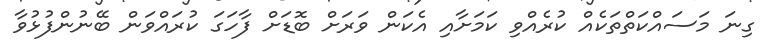
ގިނަ މަސައްކަތްތަކެއް ކުރެއްވި ކަމަށާއި އެކަން ވަރަށް ބޮޑަށް ފާހަގަ ކުރައްވަން ބޭނުންފުޅުވާ